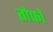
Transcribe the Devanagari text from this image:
तोफो